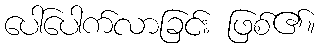
ပေါ်ပေါက်လာခြင်း ဖြစ်၏။